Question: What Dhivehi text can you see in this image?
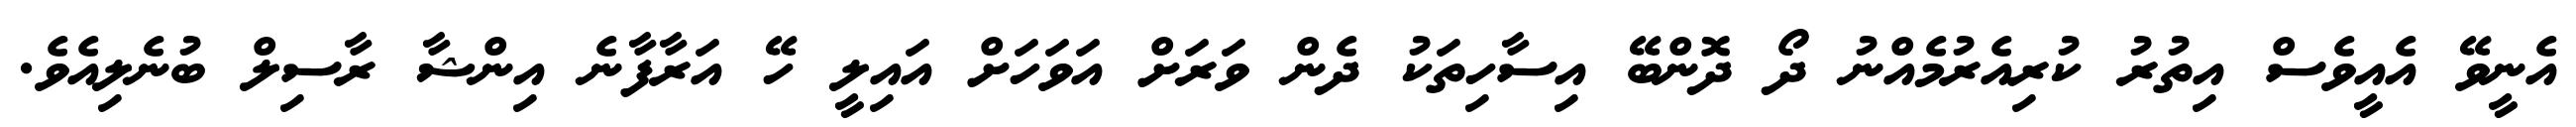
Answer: އެނީވޭ އެއީވެސް އިތުރު ކުރިއެރުމެއްނު ދޯ ދޮންބޭ އިސާހިތަކު ދެން ވަރަށް އަވަހަށް އައިލީ ހޭ އަރާފާނެ އިންޝާ ރާސިލް ބުނެލިއެވެ.